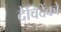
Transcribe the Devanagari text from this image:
देविदेंको